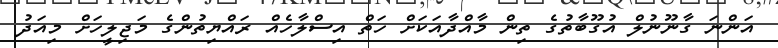
އަންނަ ގާނޫނުލް އުގޫބާތުގެ ތިން މާއްދާއަކަށް ހަތް އިސްލާހެއް ރައްޔިތުންގެ މަޖިލީހަށް މިއަދު